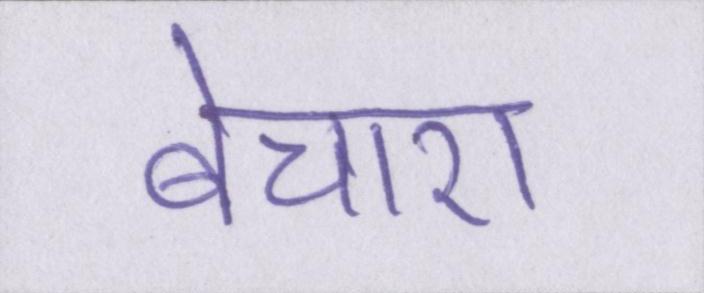
बेचारा